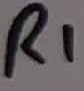
Text: R1